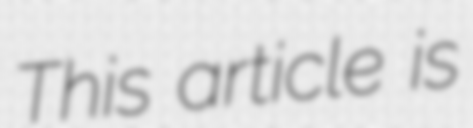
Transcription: This article is